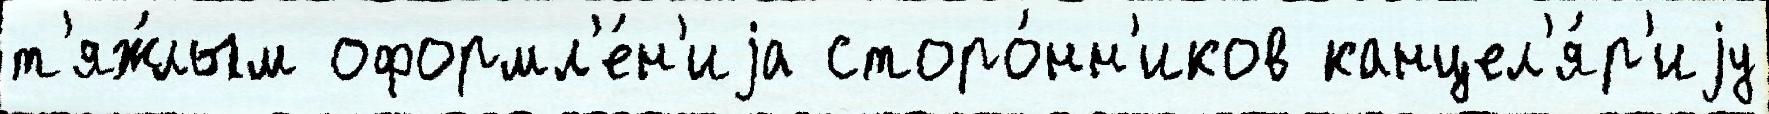
т'яж́лым оформл'е́н'иjа сторо́нн'иков канцел'я́р'иjу